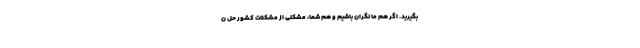
بگیرید. اگر هم ما نگران باشیم و هم شما، مشکلی از مشکلات کشور حل ن